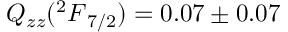
Q _ { z z } ( { ^ 2 F } _ { 7 / 2 } ) = 0 . 0 7 \pm 0 . 0 7